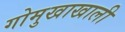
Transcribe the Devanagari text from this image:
गोमुखाखाली